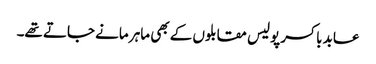
عابد باکسر پولیس مقابلوں کے بھی ماہر مانے جاتے تھے۔